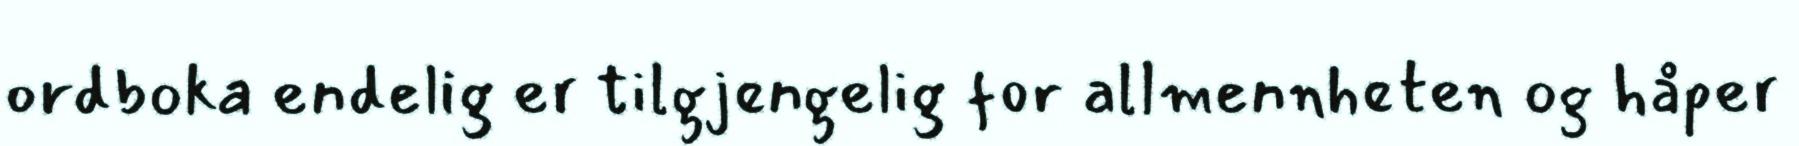
ordboka endelig er tilgjengelig for allmennheten og håper